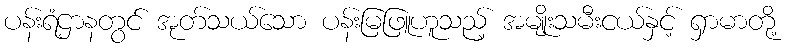
ပန်းရံဌာနတွင် အုတ်သယ်သော ပန်းမြဖြူဟူသည့် အမျိုးသမီးငယ်နှင့် ရှာမာတို့